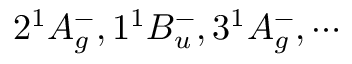
2 ^ { 1 } A _ { g } ^ { - } , 1 ^ { 1 } B _ { u } ^ { - } , 3 ^ { 1 } A _ { g } ^ { - } , \cdots